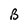
Character: B